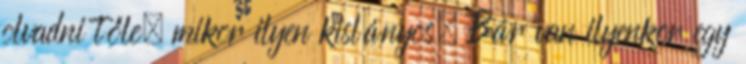
olvadni tőle, mikor ilyen kislányos. Bár van ilyenkor egy